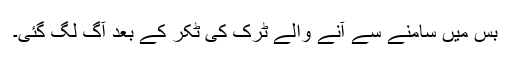
بس میں سامنے سے آنے والے ٹرک کی ٹکر کے بعد آگ لگ گئی۔